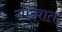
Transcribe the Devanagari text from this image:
गोत्यात